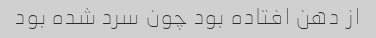
از دهن افتاده بود چون سرد شده بود